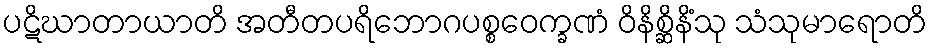
ပဋိဃာတာယာတိ အတီတပရိဘောဂပစ္စဝေက္ခဏံ ဝိနိစ္ဆိနိံသု သံသုမာရောတိ